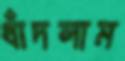
ধাঁদলাম